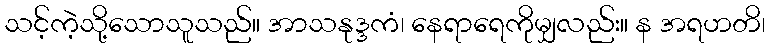
သင့်ကဲ့သို့သောသူသည်။ အာသနုဒ္ဒကံ၊ နေရာရေကိုမျှလည်း။ န အရဟတိ၊